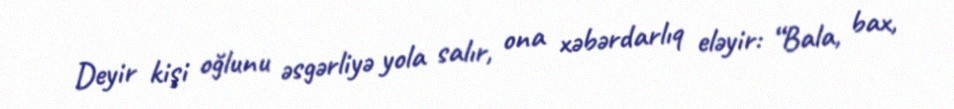
Deyir kişi oğlunu əsgərliyə yola salır, ona xəbərdarlıq eləyir: “Bala, bax,